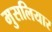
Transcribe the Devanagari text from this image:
मुसलियार